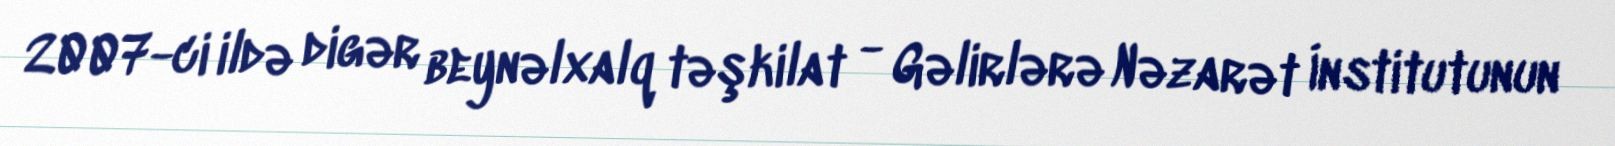
2007-ci ildə digər beynəlxalq təşkilat - Gəlirlərə Nəzarət İnstitutunun